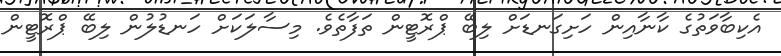
އެކިބާވަތުގެ ކާނާއިން ހަށިގަނޑަށް ލިބޭ ޕްރޮޓީން ތަފާތެވެ. މިސާލަކަށް ހަނޑުލުން ލިބޭ ޕްރޮޓީން